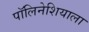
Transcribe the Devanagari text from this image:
पॉलिनेशियाला